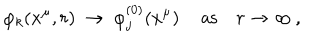
\varphi _ { k } ( x ^ { \mu } , r ) ~ \to ~ \varphi _ { j } ^ { ( 0 ) } ( x ^ { \mu } ) \, \quad \mathrm { a s } \quad r \to \infty \, ,